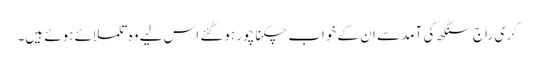
گری راج سنگھ کی آمد سے ان کے خواب چکنا چور ہوگئے اس لیے وہ تلملائے ہوئے ہیں۔